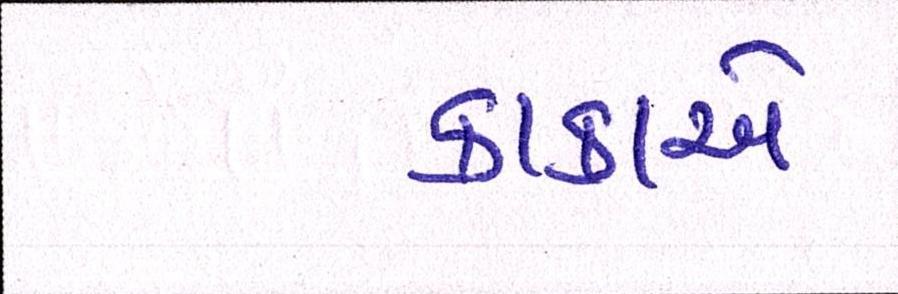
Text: કાકાએ